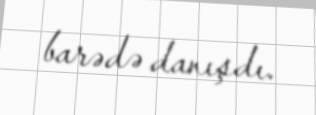
barədə danışdı.